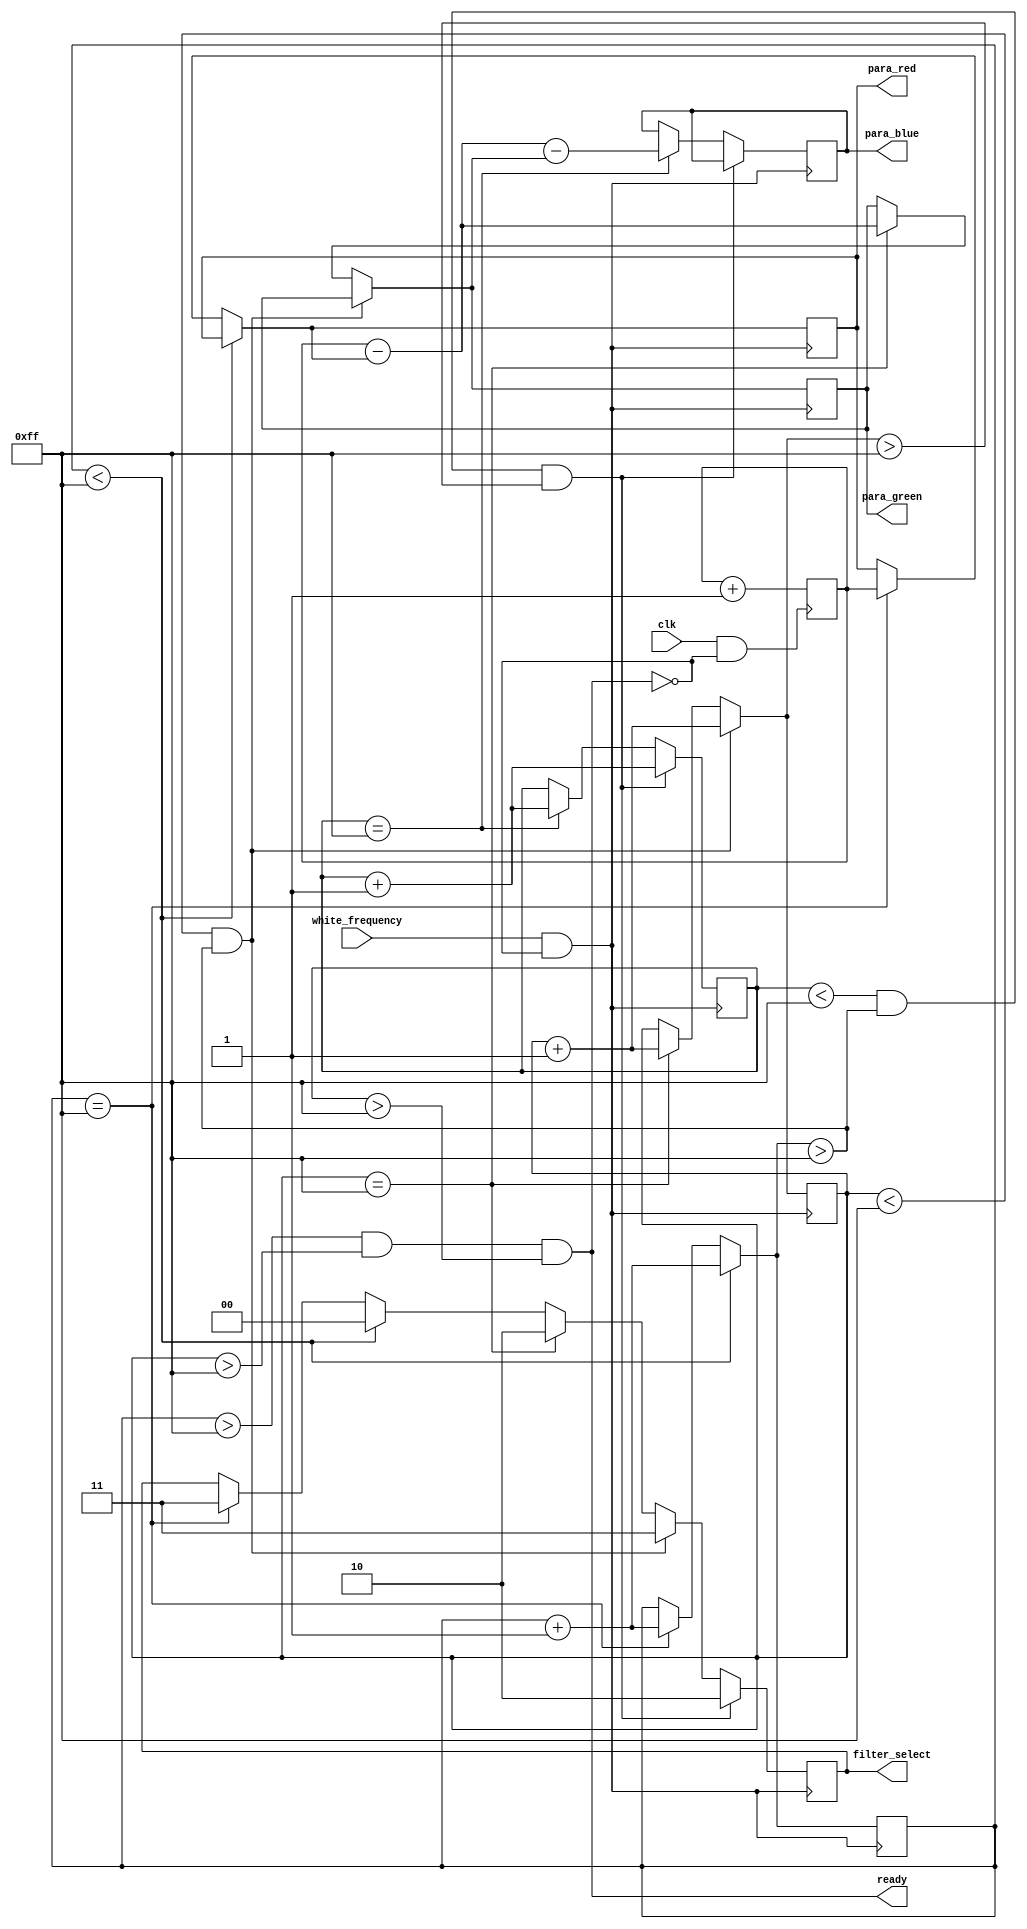
`timescale 1ns / 1ps
//////////////////////////////////////////////////////////////////////////////////
// Company: 
// Engineer: 
// 
// Design Name: 
// Module Name: White_Balance
// Project Name: 
// Target Devices: 
// Tool Versions: 
// Description: 
// 
// Dependencies: 
// 
// Revision:
// Revision 0.01 - File Created
// Additional Comments:
// 
//////////////////////////////////////////////////////////////////////////////////


module White_Balance(
    input clk,    //
    input white_frequency, //
    output reg [63:0] para_red,  //
    output reg [63:0] para_green,  //
    output reg [63:0] para_blue,  //
    output reg [1:0] filter_select,  //
    output ready
    );
    
    reg [63:0]count=0;
    reg [63:0]red_count=0;
    reg [63:0]green_count=0;
    reg [63:0]blue_count=0;
    reg [63:0]init_count=0;   //
    parameter standard_num=255;
    
    //
    
    //
    always @(posedge clk && !ready)
    begin
        count=count+1;    
    end 
    
    always @(posedge white_frequency && !ready)
    begin
         
         //if(red_count==0)
           // init_count=count;
         
         //
         if(red_count<standard_num)
         begin
            red_count=red_count+1;
            filter_select=2'b00;
         end
         else if(red_count==standard_num)
         begin
            red_count=red_count+1;
            para_red=count/*-init_count*/;
            filter_select=2'b11;   //
         end
         else
         ;
         
         //
         if(green_count<standard_num && red_count>standard_num)
         begin
            green_count=green_count+1;
            filter_select=2'b11;
         end
         else if(green_count==standard_num)
         begin
            green_count=green_count+1;
            para_green=count-para_red/*-init_count*/;
            filter_select=2'b10;   //
         end
         else
         ;         

         //
         if(blue_count<standard_num && red_count>standard_num && green_count>standard_num)
         begin
            blue_count=blue_count+1;
            filter_select=2'b10;
         end
         else if(blue_count==standard_num)
         begin
            blue_count=blue_count+1;
            para_blue=count-para_red-para_green/*-init_count*/;
         end
         else
         ; 
         
    
    end
    
    assign ready=(red_count>standard_num)&&(green_count>standard_num)&&(blue_count>standard_num);
    
    
endmodule